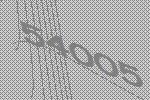
54005